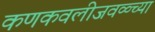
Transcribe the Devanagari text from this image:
कणकवलीजवळ्च्या